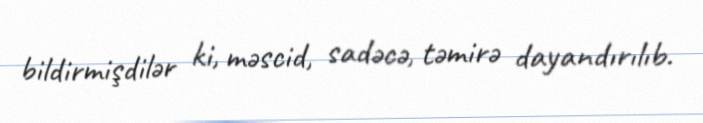
bildirmişdilər ki, məscid, sadəcə, təmirə dayandırılıb.